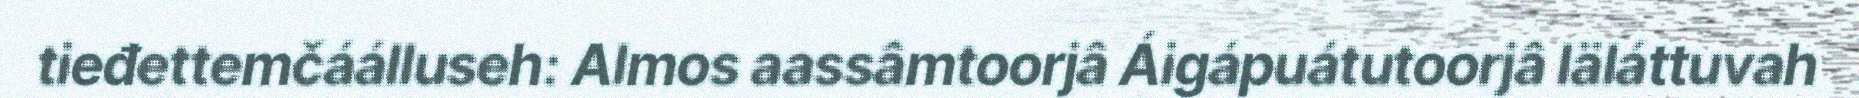
tieđettemčáálluseh: Almos aassâmtoorjâ Áigápuátutoorjâ Iäláttuvah